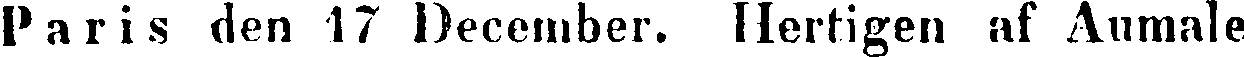
Paris den 17 December. Hertigen af Aumale